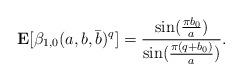
LaTeX: \begin{align*}{\bf E}[\beta_{1,0}(a, b, \bar{b})^q] = \frac{\sin(\frac{\pi b_0}{a})}{\sin(\frac{\pi (q+b_0)}{a})}.\end{align*}